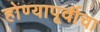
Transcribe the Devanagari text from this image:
होण्यापूर्वीचा